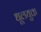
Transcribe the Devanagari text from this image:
धूलयुक्त